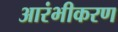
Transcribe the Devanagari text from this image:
आरंभीकरण